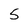
Character: 5